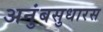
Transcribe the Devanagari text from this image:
अनुंबसुधारस